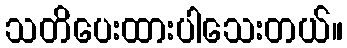
သတိပေးထားပါသေးတယ်။